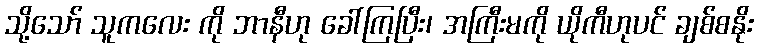
သို့သော် သူကလေး ကို ဘာနီဟု ခေါ်ကြပြီး၊ အကြီးမကို ယိုကီဟုပင် ချစ်စနိုး